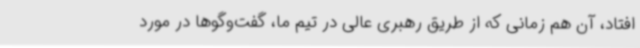
افتاد، آن هم زمانی که از طریق رهبری عالی در تیم ما، گفت‌وگوها در مورد